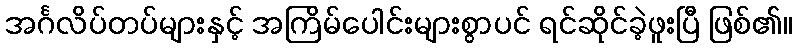
အင်္ဂလိပ်တပ်များနှင့် အကြိမ်ပေါင်းများစွာပင် ရင်ဆိုင်ခဲ့ဖူးပြီ ဖြစ်၏။